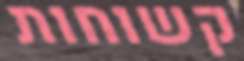
קשוחות